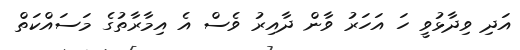
އަދި ވިދާޅުވީ ހަ އަހަރު ވާން ދާއިރު ވެސް އެ އިމާރާތުގެ މަސައްކަތް